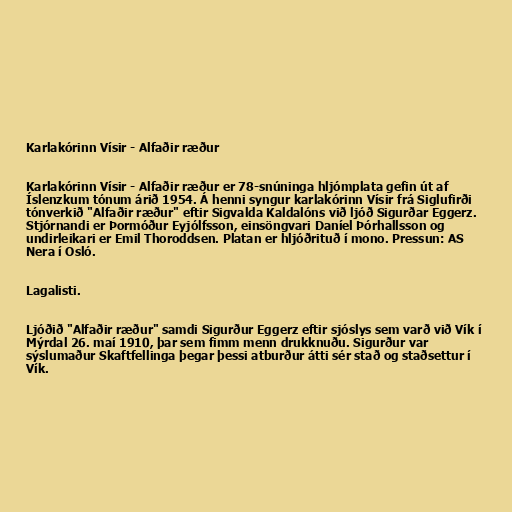
Karlakórinn Vísir - Alfaðir ræður

Karlakórinn Vísir - Alfaðir ræður er 78-snúninga hljómplata gefin út af
Íslenzkum tónum árið 1954. Á henni syngur karlakórinn Vísir frá Siglufirði
tónverkið "Alfaðir ræður" eftir Sigvalda Kaldalóns við ljóð Sigurðar Eggerz.
Stjórnandi er Þormóður Eyjólfsson, einsöngvari Daníel Þórhallsson og
undirleikari er Emil Thoroddsen. Platan er hljóðrituð í mono. Pressun: AS
Nera í Osló.

Lagalisti.

Ljóðið "Alfaðir ræður" samdi Sigurður Eggerz eftir sjóslys sem varð við Vík í
Mýrdal 26. maí 1910, þar sem fimm menn drukknuðu. Sigurður var
sýslumaður Skaftfellinga þegar þessi atburður átti sér stað og staðsettur í
Vík.